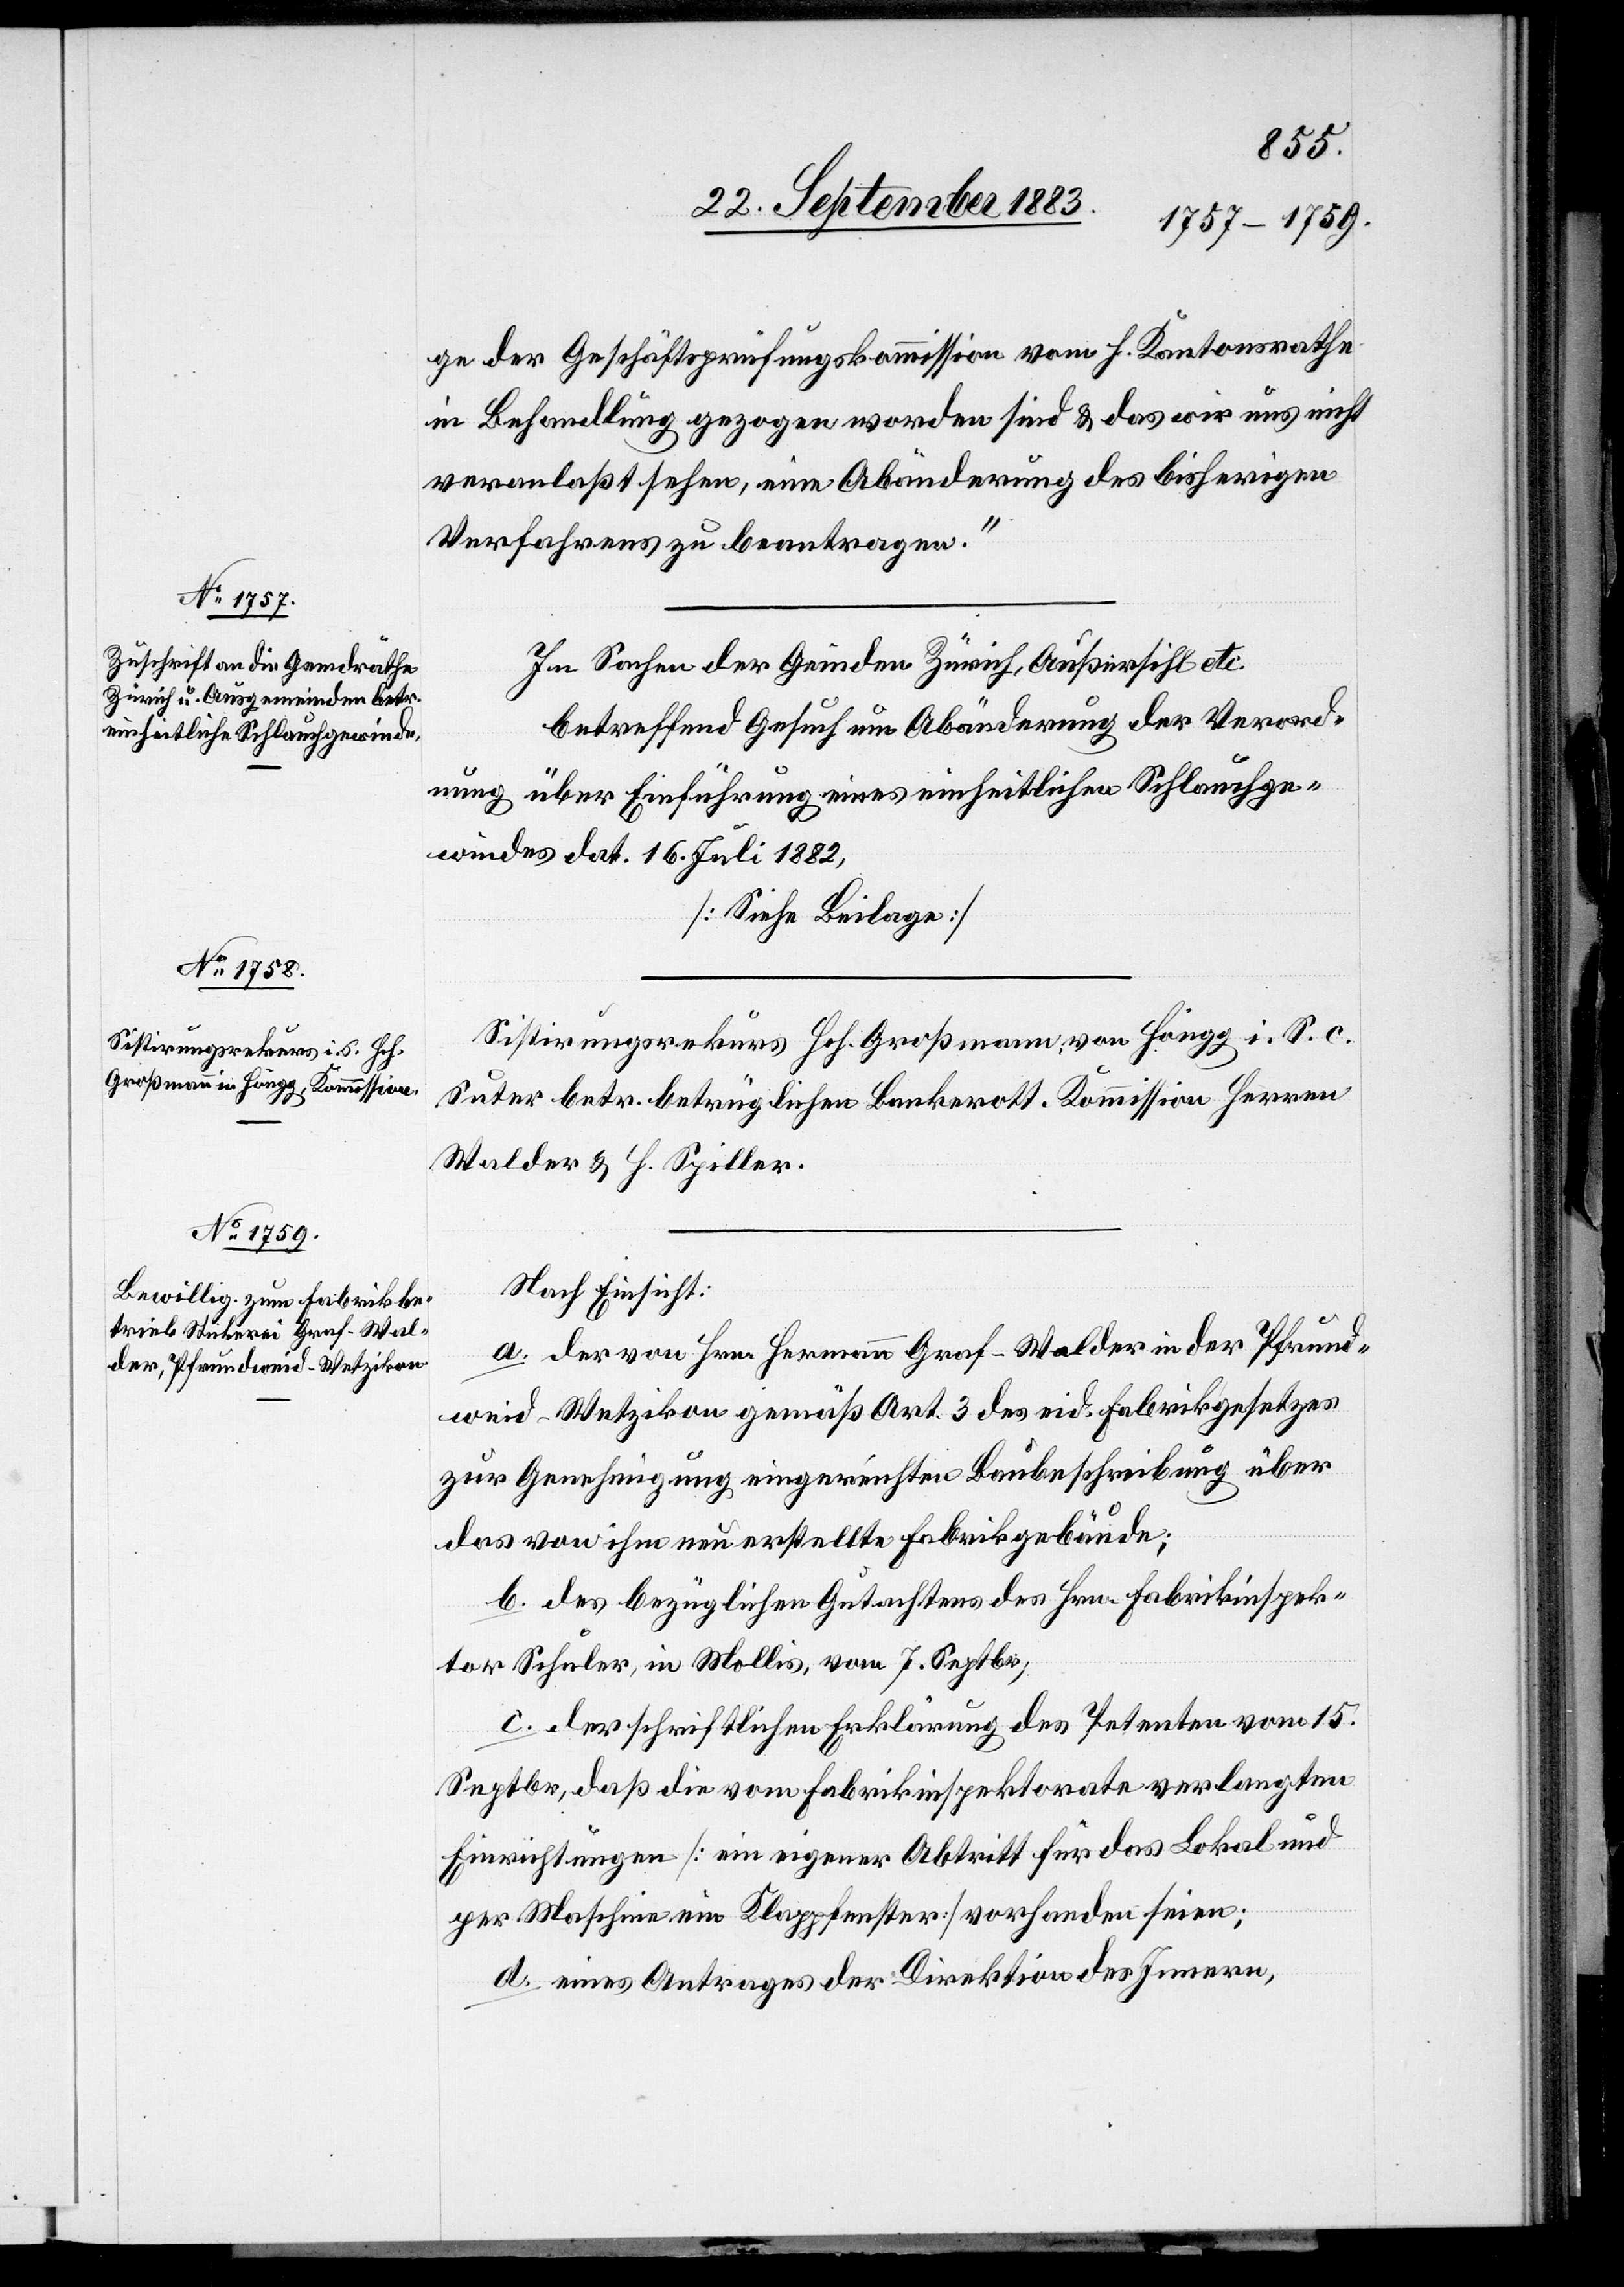
ge der Geschäftsprüfungskommission vom h. Kantonsrathe
in Behandlung gezogen worden sind & daß wir uns nicht
veranlaßt sehen, eine Abänderung des bisherigen
Verfahrens zu beantragen.“
Sistirungsrekurs Hch. Großmann, von Höngg, i. S. c.
Suter betr. betrüglichen Bankerott. Kommission Herren
Walder & Spiller.
Nach Einsicht:
a. der von Hrn. Hermann Graf-Walder in der Pfrund¬
weid - Wetzikon gemäß Art. 3 des eid. Fabrikgesetzes
zur Genehmigung eingereichten Baubeschreibung über
das von ihm neu erstellte Fabrikgebäude;
b. des bezüglichen Gutachtens des Hrn. Fabrikinspek¬
tor Schuler, in Mollis, vom 7. Septbr.;
c. der schriftlichen Erklärung des Petenten vom 15.
Septbr., daß die vom Fabrikinspektorate verlangten
Einrichtungen [ein eigener Abtritt für das Lokal und
per Maschine ein Klappfenster] vorhanden seien;
d. eines Antrages der Direktion des Innern,